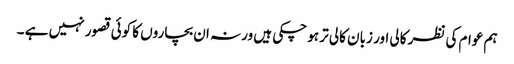
ہم عوام کی نظر کالی اور زبان کالی تر ہو چکی ہیں ورنہ ان بچاروں کا کوئی قصور نہیں ہے ۔